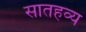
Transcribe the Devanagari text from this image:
सातहव्य